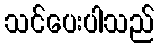
သင်ပေးပါသည်